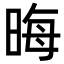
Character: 晦